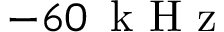
- 6 0 \, \textrm { k H z }